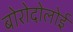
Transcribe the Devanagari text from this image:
बोरोदोलोई